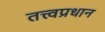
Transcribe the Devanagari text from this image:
तत्त्वप्रधान